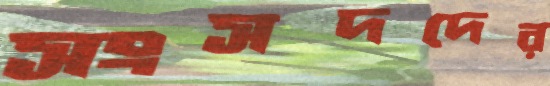
সংসদদের